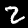
Label: 2